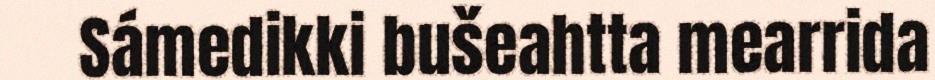
Sámedikki bušeahtta mearrida